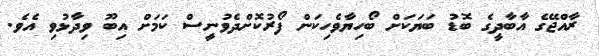
ރާއްޖޭގެ އާބާދީގެ ބޮޑު ބަޔަކަށް ބޯހިޔާވެހިކަން ފޯރުކޮށްދެވުނީސް ކަމަށް އިބޫ ވިދާޅުވި އެވެ.